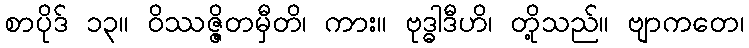
စာပိုဒ် ၁၃။ ဝိဿဇ္ဇိတမှီတိ၊ ကား။ ဗုဒ္ဓါဒီဟိ၊ တို့သည်။ ဗျာကတေ၊